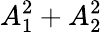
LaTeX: A_{1}^{2}+A_{2}^{2}